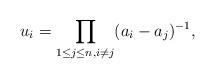
LaTeX: \begin{align*} u_i=\prod_{1\leq j\leq n,i\neq j}(a_i-a_j)^{-1},\end{align*}